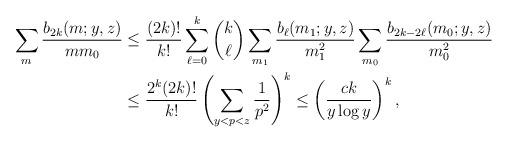
LaTeX: \begin{align*}\sum_{m}\frac{b_{2k}(m; y, z)}{mm_0} &\leq \frac{(2k)!}{k!}\sum_{\ell=0}^k\binom{k}{\ell}\sum_{m_1} \frac{b_{\ell}(m_1;y,z)}{m_1^2}\sum_{m_0}\frac{b_{2k-2\ell}(m_0;y,z)}{m_0^2}\\&\leq\frac{2^k(2k)!}{k!} \left(\sum_{y<p<z}\frac{1}{p^2}\right)^{k} \leq \left(\frac{ck}{y\log y}\right)^k,\end{align*}